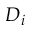
D _ { i }